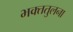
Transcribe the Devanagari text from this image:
भक्ततुलना